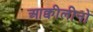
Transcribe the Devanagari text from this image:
आक्वीलीनो